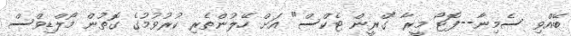
ބޭއްވި ސެމިނާ--ފޮޓޯ މީރާ "ގްރީން ޓެކްސް" އަށް ހޭލުންތެރި ކުރުވުމުގެ ގޮތުން މޯލްޑިވްސް